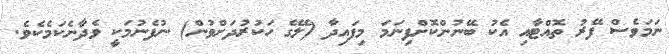
ނަމަވެސް ފޭރު ތޮއްޓާއި އެކު ބޭނުންކޮށްފިނަމަ މިފައިދާ (ލޭގެ ހަކުރުދަށްވުން) ނުފެނުމަކީ ވެދާނެކަމެކެވެ.